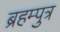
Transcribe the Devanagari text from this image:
ब्रहम्पुत्र